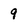
Character: 9